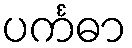
ပင်္ကဓာ